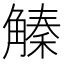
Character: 𧤛